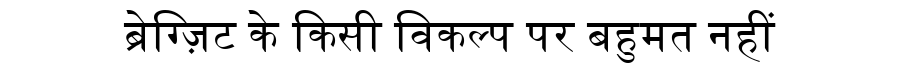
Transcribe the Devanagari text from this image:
ब्रेग्ज़िट के किसी विकल्प पर बहुमत नहीं